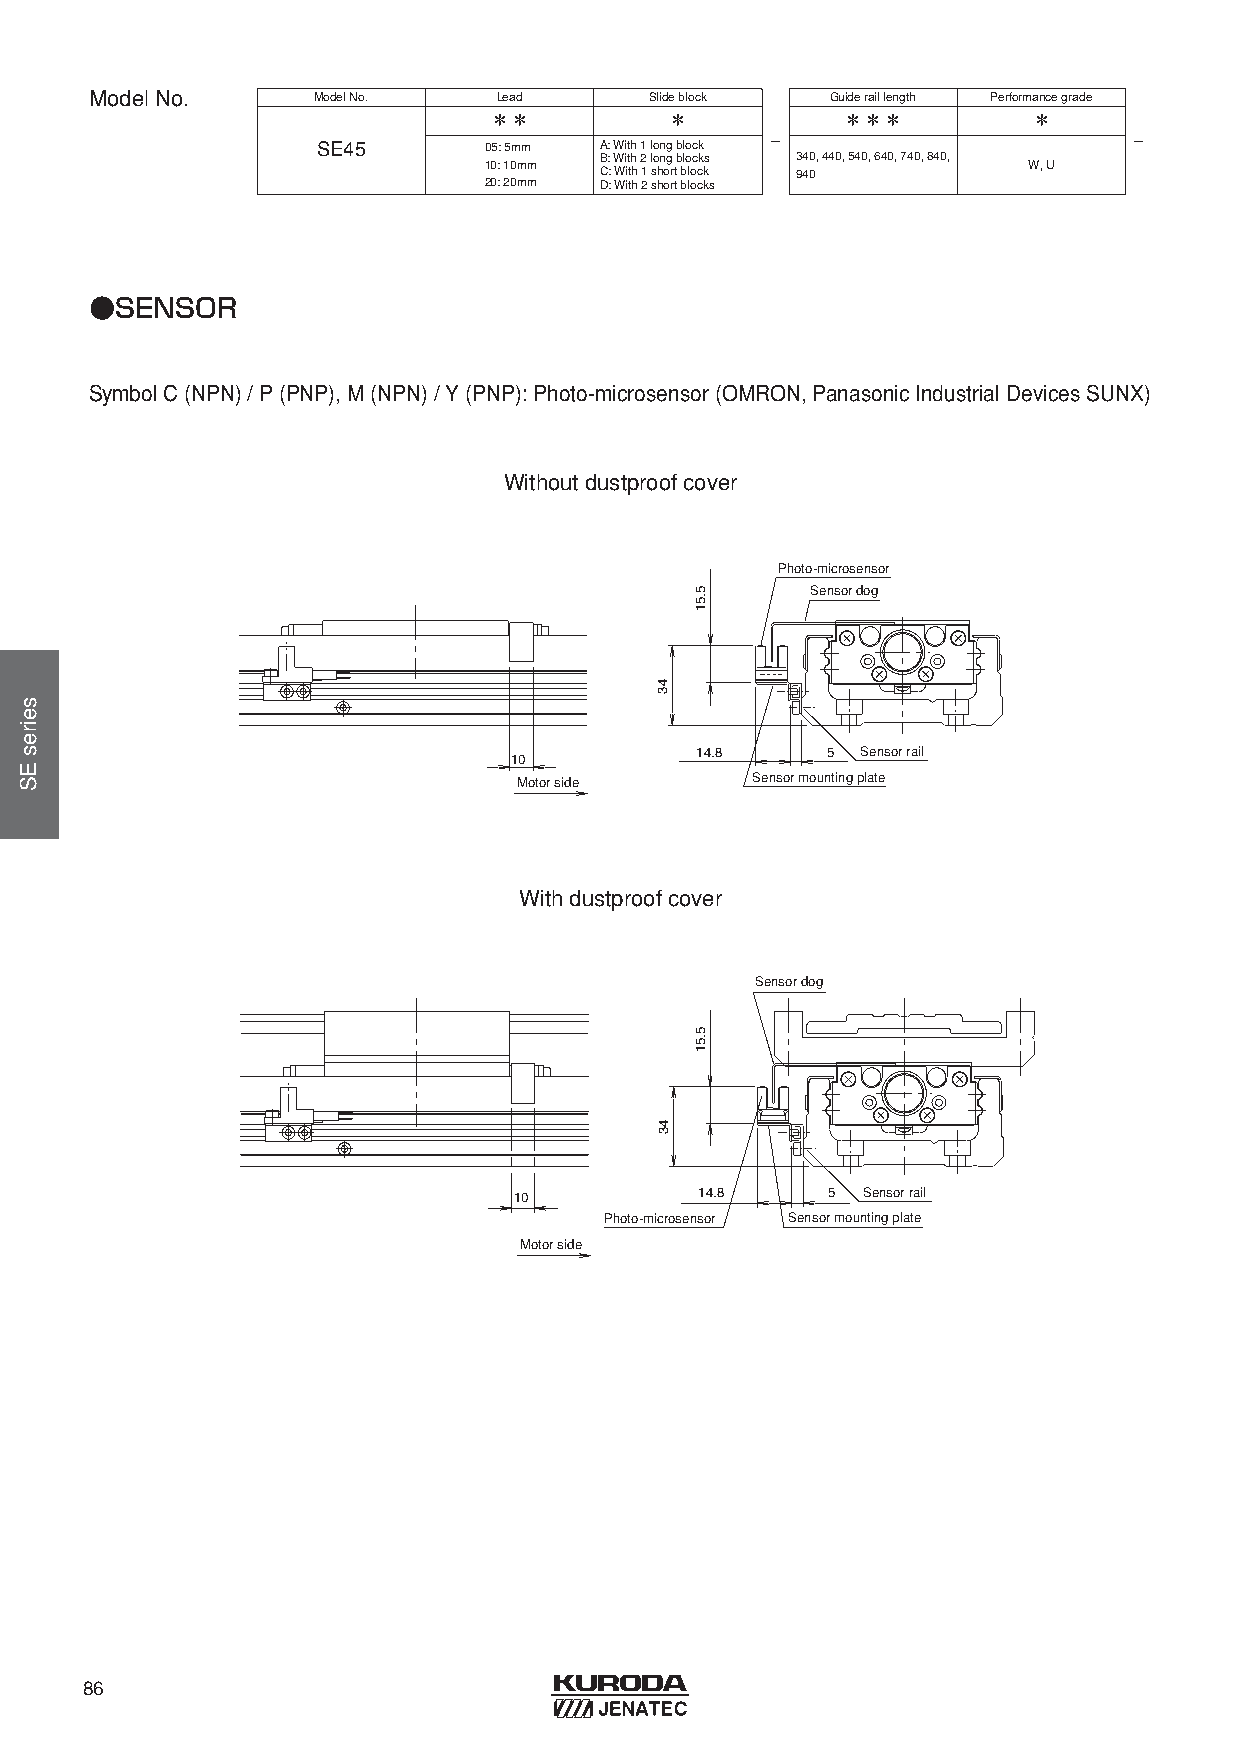
ModelNo.       ModelNo.    Lead      Slideblock  Guideraillength Performancegrade
 ＊＊          ＊           ＊＊＊         ＊
 -                       -
 SE45       05: 5mm A: With1 longblock
 B: With2 longblocks 340, 440, 540, 640, 740, 840,
 10: 10mm                            W, U
 C: With1 shortblock 940
 20: 20mm D: With2 shortblocks
 ●SENSOR
 SymbolC(NPN) / P(PNP), M(NPN) / Y(PNP): Photo-microsensor(OMRON, Panasonic Industrial Devices SUNX)
 Withoutdustproofcover
 Photo-microsensor
 Sensor dog
 14.8     5 Sensor rail
 10
 Motor side      Sensor mounting plate
 Withdustproofcover
 Sensor dog
 10          14.8     5 Sensor rail
 Photo-microsensor Sensor mounting plate
 Motor side
 86
 seiresES
 43
 43
 5.51
 5.51